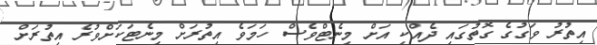
އިތުރު ވަގުގެ ގޮތުގައި ދެއްކި އަށް މިނެޓްވެސް ހަމަވެ އިތުރަށް މިނެޓަކަށްވުރެ އިތުރަށް